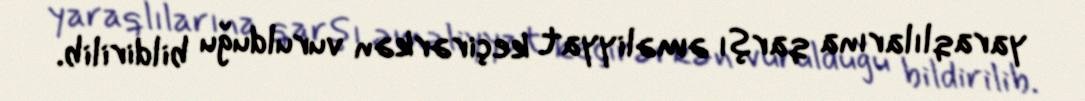
yaraqlılarına qarşı əməliyyat keçirərkən vurulduğu bildirilib.